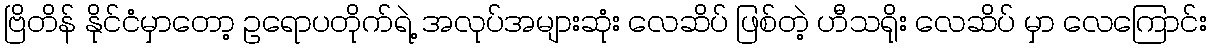
ဗြိတိန် နိုင်ငံမှာတော့ ဥရောပတိုက်ရဲ့ အလုပ်အများဆုံး လေဆိပ် ဖြစ်တဲ့ ဟီသရိုး လေဆိပ် မှာ လေကြောင်း